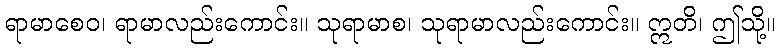
ရာမာစေဝ၊ ရာမာလည်းကောင်း။ သုရာမာစ၊ သုရာမာလည်းကောင်း။ ဣတိ၊ ဤသို့။